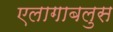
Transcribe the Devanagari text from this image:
एलागाबलुस